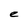
Character: e